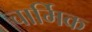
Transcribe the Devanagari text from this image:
चार्मिक